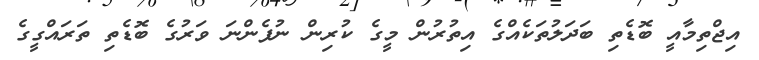
އިޖްތިމާއީ ބޮޑެތި ބަދަލުތަކެއްގެ އިތުރުން މީގެ ކުރިން ނުފެންނަ ވަރުގެ ބޮޑެތި ތަރައްގީގެ